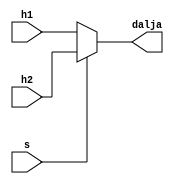
`timescale 1ns / 1ps
//////////////////////////////////////////////////////////////////////////////////
// Company: 
// Engineer: 
// 
// Design Name: 
// Module Name: mux2ne1
// Project Name: 
// Target Devices: 
// Tool Versions: 
// Description: 
// 
// Dependencies: 
// 
// Revision:
// Revision 0.01 - File Created
// Additional Comments:
// 
//////////////////////////////////////////////////////////////////////////////////


module mux2ne1(
input wire h1,
input wire h2,
input wire s,
output dalja
    );

assign dalja=s?h2:h1;    
endmodule